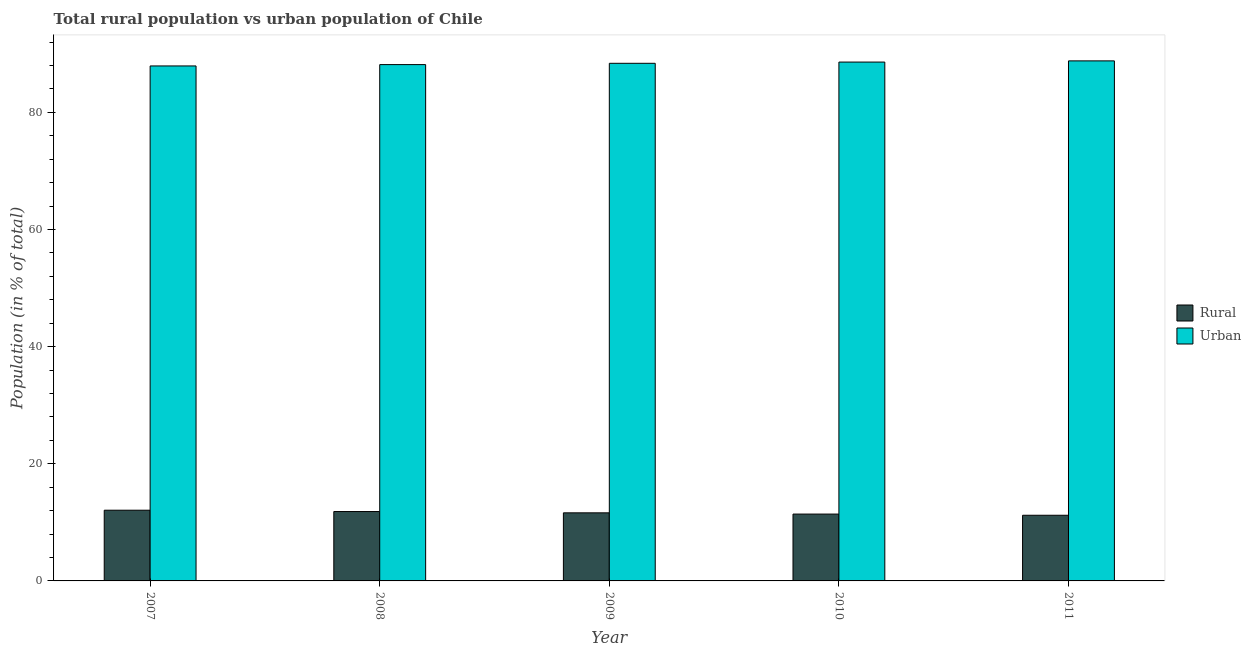
| Year | Rural | Urban |
 | --- | --- | --- |
 | 2007 | 12.1 | 87.9 |
 | 2008 | 11.8 | 88.2 |
 | 2009 | 11.6 | 88.4 |
 | 2010 | 11.4 | 88.6 |
 | 2011 | 11.2 | 88.8 |